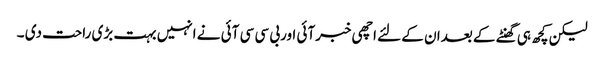
لیکن کچھ ہی گھنٹے کے بعدان کے لئے اچھی خبرآئی اوربی سی سی آئی نے انہیں بہت بڑی راحت دی ۔